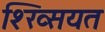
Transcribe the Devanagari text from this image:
श्ख्सियत